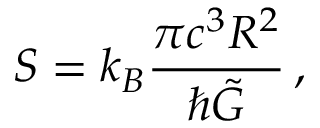
S = k _ { B } \frac { \pi c ^ { 3 } R ^ { 2 } } { \hbar \tilde { G } } \, ,